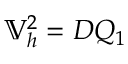
\mathbb { V } _ { h } ^ { 2 } = D Q _ { 1 }